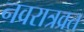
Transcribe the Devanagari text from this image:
नवरात्रव्रत